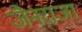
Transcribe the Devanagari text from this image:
जैनराजा